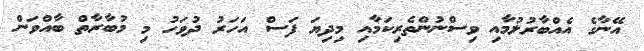
އޭނާގެ އެއްބާރުލުމާއި ވިސްނުންތެރިކަމާއި މިދިޔަ ފަސް އަހަރު ދުވަހު މި މުބާރާތް ބާއްވަން